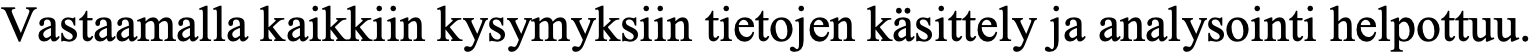
Vastaamalla kaikkiin kysymyksiin tietojen käsittely ja analysointi helpottuu.